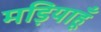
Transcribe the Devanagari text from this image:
मड़ियाहूँ